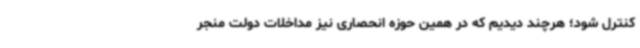
کنترل شود؛ هرچند دیدیم که در همین حوزه انحصاری نیز مداخلات دولت منجر